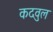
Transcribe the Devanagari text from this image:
कदवुल